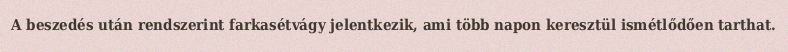
A beszedés után rendszerint farkasétvágy jelentkezik, ami több napon keresztül ismétlődően tarthat.